Document type: Sale
Year: 1354
Scribe: Bernat de Torre
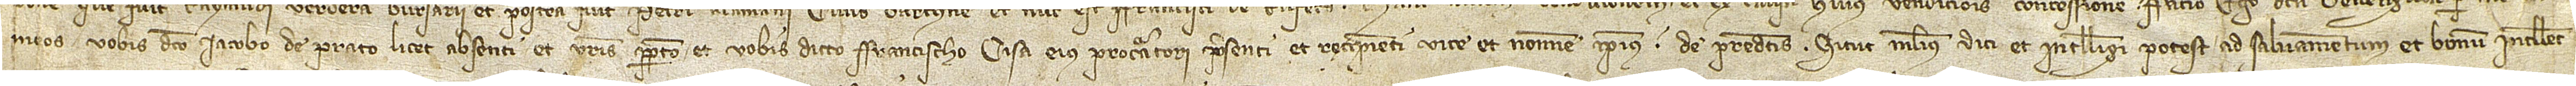
meos vobis dicto Iacobo de Prato, licet absenti, et vestris perpetuo et vobis dicto Francischo Cisa, eius procuratori, presenti et recipienti vice et nomine ipsius, de predictis, sicut melius dici et intelligi potest ad salvamentum et bonum intellec-